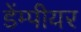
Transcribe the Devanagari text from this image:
डेंम्पीयर